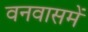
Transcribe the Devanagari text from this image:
वनवासमें